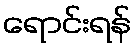
ရောင်းရန်